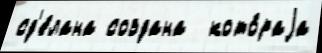
сд'е́лана создана  кото́раjа